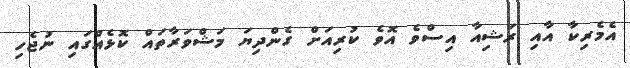
އެމެރިކާ އާއި ރަޝިއާ އިސްވެ އޮވެ ކުރިއަށް ގެންދިޔަ މަޝްވަރާތައް ކޮޅެއްގައި ނުޖެހި